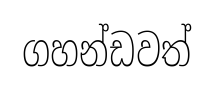
ගහන්ඩවත්